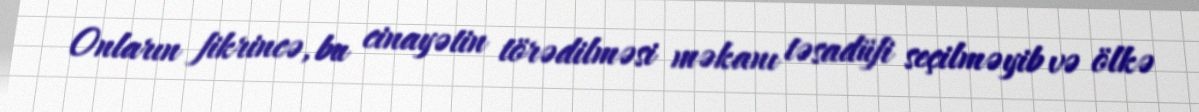
Onların fikrincə, bu cinayətin törədilməsi məkanı təsadüfi seçilməyib və ölkə